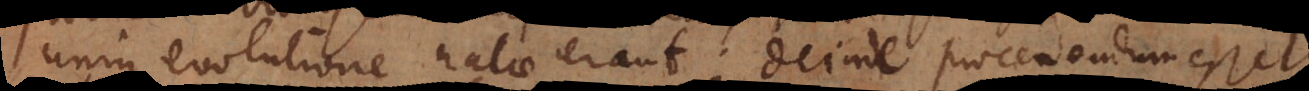
unius evolutione natae erant; deinde procedendum esset